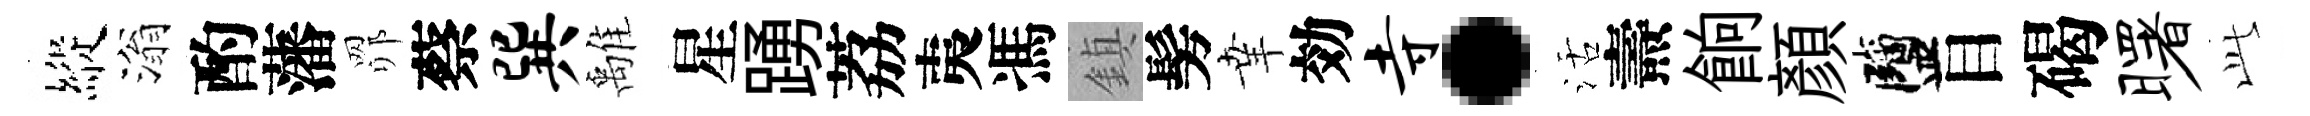
縱滃酌藩𦊑蔡巽𩀌星踴荔夷馮鎮髣𦍒効寺·活燾餉顏鹽目碣曙𬼘